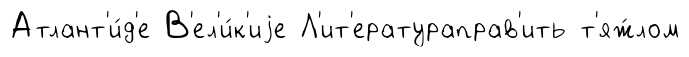
Атлант'и́д'е В'ел'и́к'иjе Л'ит'ератураправ'ить т'яж́лом